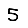
Digit: 5